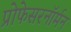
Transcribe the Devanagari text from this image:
प्रोफेसरनॉर्मन